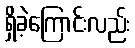
ရှိခဲ့ကြောင်းလည်း